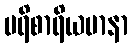
ပရိစာရိယမာနာ